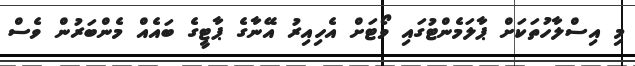
މި އިސްލާހުތަކަށް ޕާލަމެންޓުގައި ވޯޓަށް އެހިއިރު އޭނާގެ ޕާޓީގެ ބައެއް މެންބަރުން ވެސް